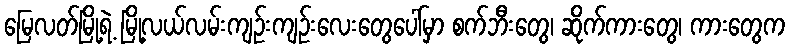
မြေလတ်မြို့ရဲ့ မြို့လယ်လမ်းကျဉ်းကျဉ်းလေးတွေပေါ်မှာ စက်ဘီးတွေ၊ ဆိုက်ကားတွေ၊ ကားတွေက